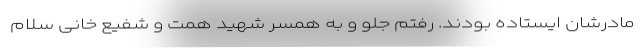
مادرشان ایستاده بودند. رفتم جلو و به همسر شهید همت و شفیع خانی سلام